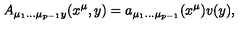
A _ { \mu _ { 1 } \dots \mu _ { p - 1 } y } ( x ^ { \mu } , y ) = a _ { \mu _ { 1 } \dots \mu _ { p - 1 } } ( x ^ { \mu } ) v ( y ) ,